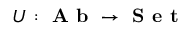
U : { \textbf { A b } } \to { \textbf { S e t } }